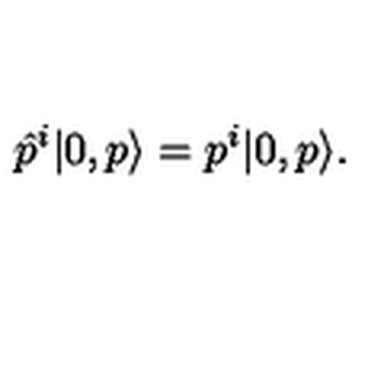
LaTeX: \hat { p } ^ { i } | 0 , p \rangle = p ^ { i } | 0 , p \rangle .